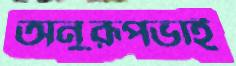
অনুরূপভাই